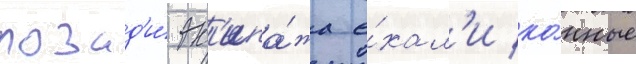
позад'и́ эк'ипа́жа е́хал'и ко́нные